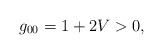
LaTeX: \begin{align*}g_{00} = 1 + 2V > 0,\end{align*}